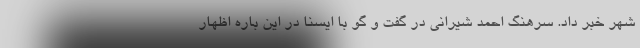
شهر خبر داد. سرهنگ احمد شیرانی در گفت و گو با ایسنا در این باره اظهار